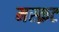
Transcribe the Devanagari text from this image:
मस्क़ट